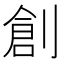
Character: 創